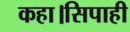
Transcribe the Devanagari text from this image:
कहा।सिपाही